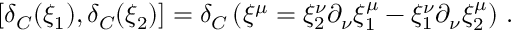
\left[ \delta _ { C } ( \xi _ { 1 } ) , \delta _ { C } ( \xi _ { 2 } ) \right] = \delta _ { C } \left( \xi ^ { \mu } = \xi _ { 2 } ^ { \nu } \partial _ { \nu } \xi _ { 1 } ^ { \mu } - \xi _ { 1 } ^ { \nu } \partial _ { \nu } \xi _ { 2 } ^ { \mu } \right) \, .